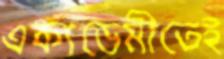
একাডেমীতেই